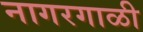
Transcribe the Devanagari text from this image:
नागरगाळी